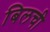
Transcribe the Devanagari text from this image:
बिलची